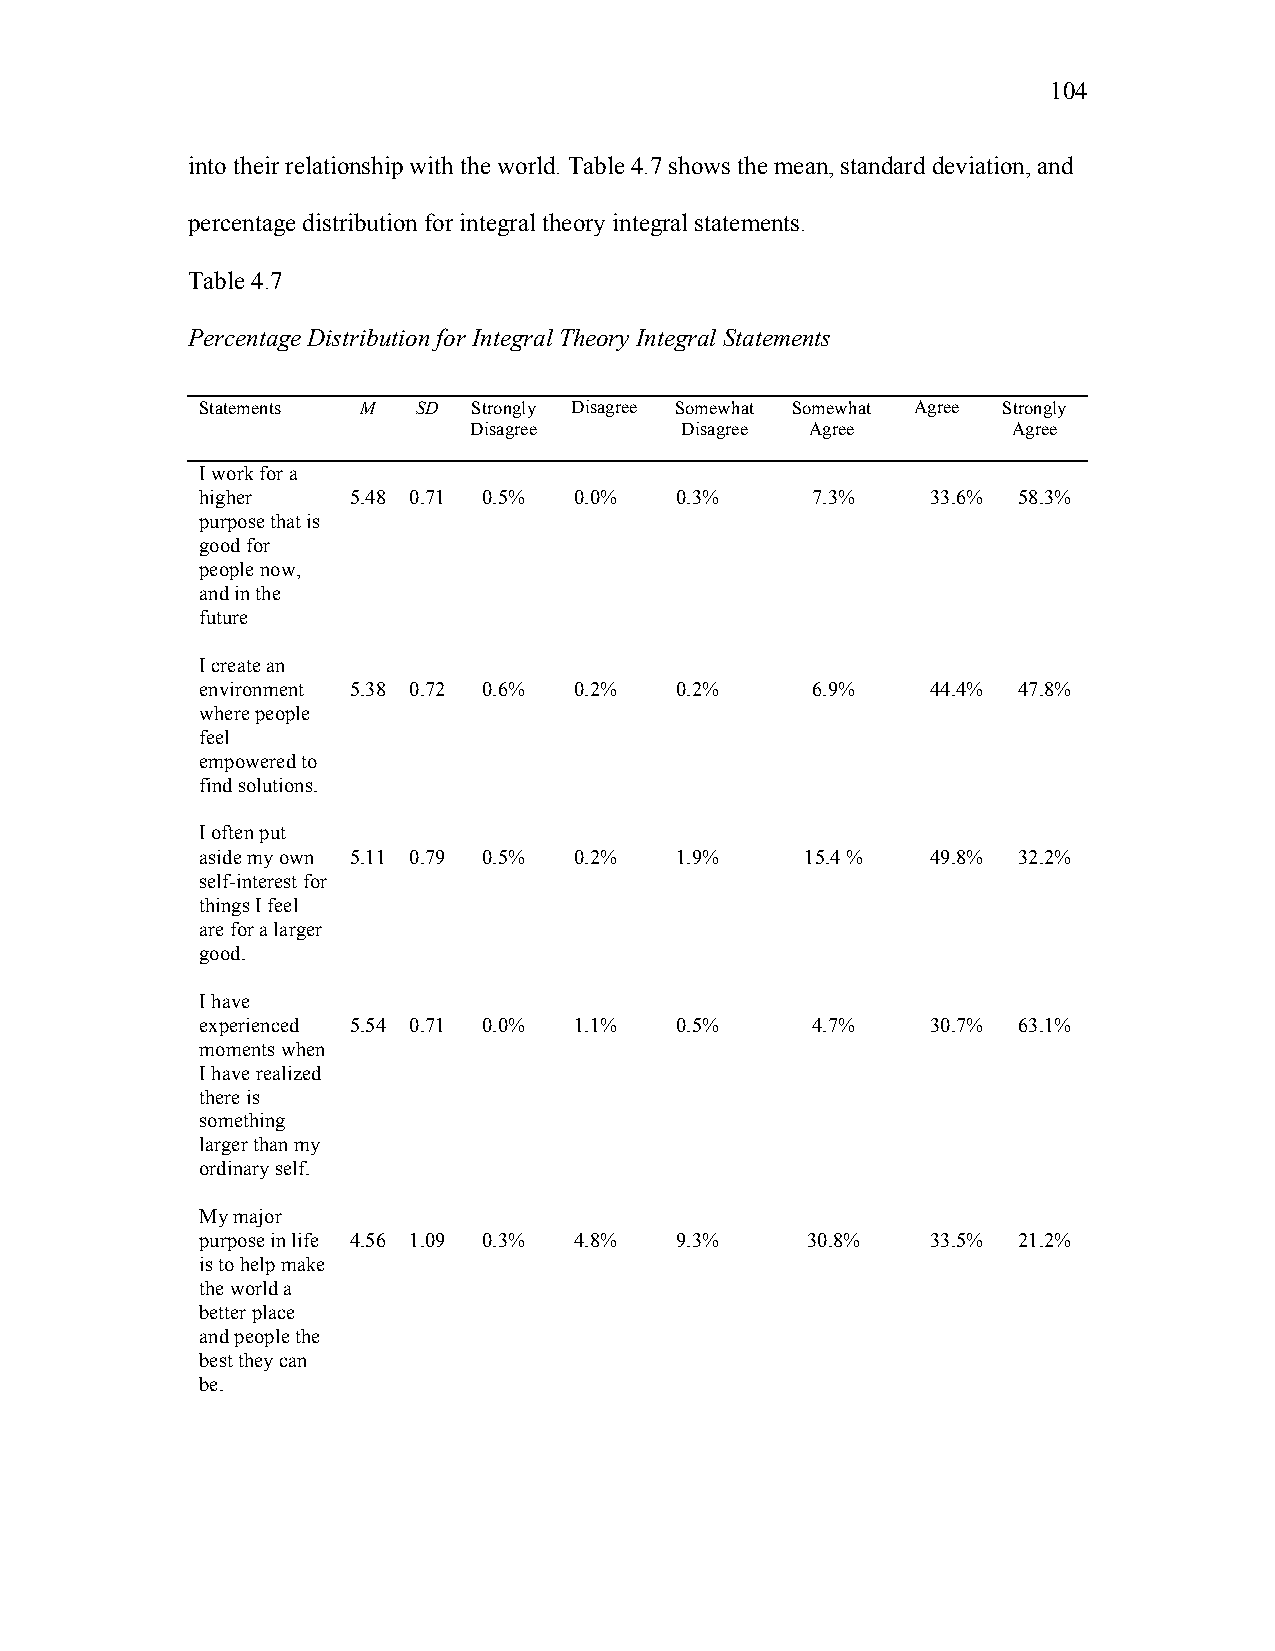
104
 into their relationship with the world. Table 4.7 shows the mean, standard deviation, and
 percentage distribution for integral theory integral statements.
 Table 4.7
 Percentage Distribution for Integral Theory Integral Statements
 Statements M   SD Strongly Disagree Somewhat Somewhat Agree Strongly
 Disagree      Disagree Agree        Agree
 I work for a
 higher    5.48 0 . 71 0.5% 0.0% 0.3%     7.3%    33.6% 58.3%
 purpose that is
 good for
 people now,
 and in the
 future
 I create an
 environment 5.38 0.72 0.6% 0.2% 0.2%     6.9%    44.4% 47.8%
 where people
 feel
 empowered to
 find solutions.
 I often put
 aside my own 5.11 0 . 79 0.5% 0.2% 1.9% 15.4 %   49.8% 32.2%
 self-interest for
 things I feel
 are for a larger
 good.
 I have
 experienced 5.54 0.71 0.0% 1.1% 0.5%     4.7%    30.7% 63.1%
 moments when
 I have realized
 there is
 something
 larger than my
 ordinary self.
 My major
 purpose in life 4.56 1 . 09 0.3% 4.8% 9.3% 30.8% 33.5% 21.2%
 is to help make
 the world a
 better place
 and people the
 best they can
 be.